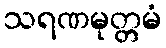
သရဏမုတ္တမံ